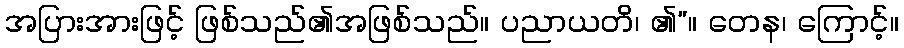
အပြားအားဖြင့် ဖြစ်သည်၏အဖြစ်သည်။ ပညာယတိ၊ ၏”။ တေန၊ ကြောင့်။